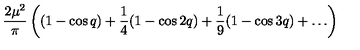
\frac { 2 \mu ^ { 2 } } { \pi } \left( ( 1 - \cos q ) + \frac { 1 } { 4 } ( 1 - \cos 2 q ) + \frac { 1 } { 9 } ( 1 - \cos 3 q ) + \ldots \right)